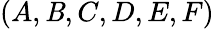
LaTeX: (A,\mathit{B},C,D,E,F)